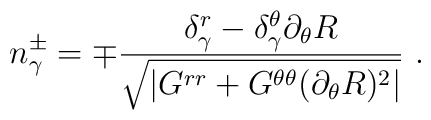
n_\gamma^\pm = \mp \frac{\delta_\gamma^r - \delta_\gamma^\theta \partial_\theta R}{\sqrt{ |G^{rr} + G^{\theta\theta} (\partial_\theta R)^2|}}\ .